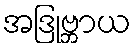
အဒြုဗ္ဘာယ